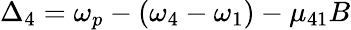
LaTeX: \Delta_{4}=\omega_{p}-(\omega_{4}-\omega_{1})-\mu_{41}B